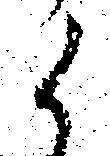
候